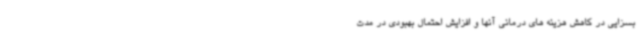
بسزایی در کاهش هزینه های درمانی آنها و افزایش احتمال بهبودی در مدت